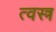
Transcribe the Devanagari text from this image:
त्वस्त्र